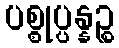
ပစ္စုပ္ပန္နဉ္စ